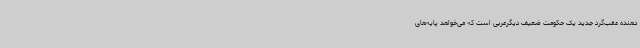
دهنده عقب‌گرد جدید یک حکومت ضعیف دیگرعربی است که می‌خواهد پایه‌های